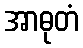
အာဓုတံ